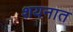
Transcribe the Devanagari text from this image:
शयनात